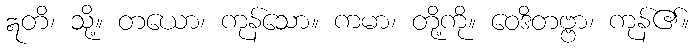
ဣတိ၊ သို့။ တယော၊ ကုန်သော။ ကမာ၊ တို့ကို။ ဝေဒိတဗ္ဗာ၊ ကုန်၏။